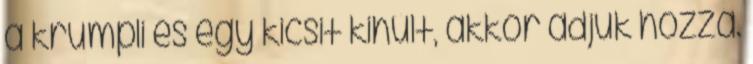
a krumpli és egy kicsit kihűlt, akkor adjuk hozzá.